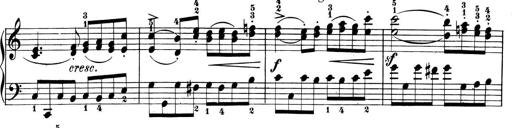
Title: 6 Piano Sonatinas
Composer: Cornelius Gurlitt